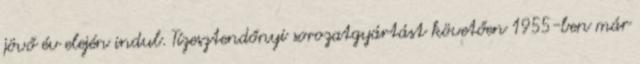
jövő év elején indul. Tízesztendőnyi sorozatgyártást követően 1955-ben már